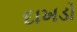
દાખડો